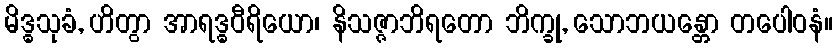
မိဒ္ဓသုခံ, ဟိတွာ အာရဒ္ဓဝီရိယော၊ နိသဇ္ဇာဘိရတော ဘိက္ခု, သောဘယန္တော တပေါဝနံ။